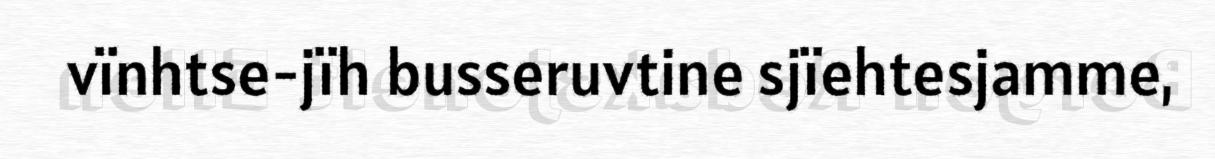
vïnhtse-jïh busseruvtine sjïehtesjamme,